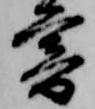
暮